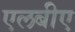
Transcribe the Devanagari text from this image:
एलबीए